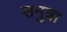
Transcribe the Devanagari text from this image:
समुत्रा